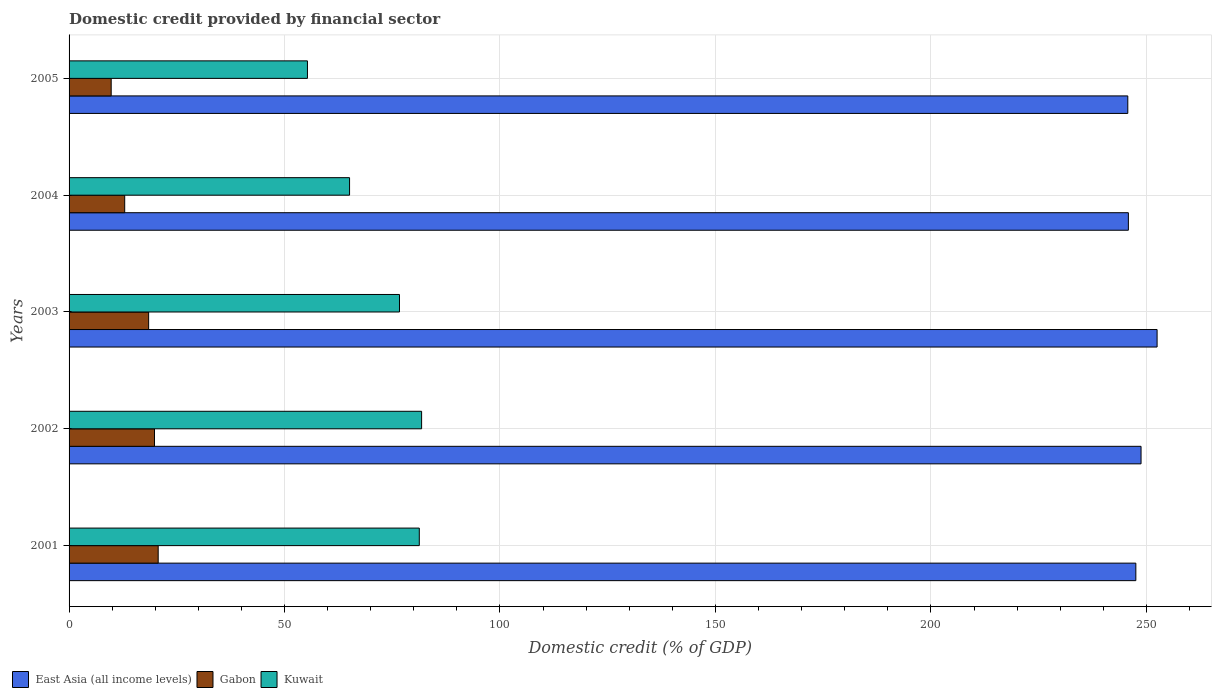
| Years | East Asia (all income levels) | Gabon | Kuwait |
 | --- | --- | --- | --- |
 | 2001 | 248 | 20.7 | 81.3 |
 | 2002 | 249 | 19.8 | 81.8 |
 | 2003 | 252 | 18.5 | 76.7 |
 | 2004 | 246 | 12.9 | 65.1 |
 | 2005 | 246 | 9.77 | 55.3 |